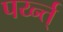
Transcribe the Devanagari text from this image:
पर्य्न्त्